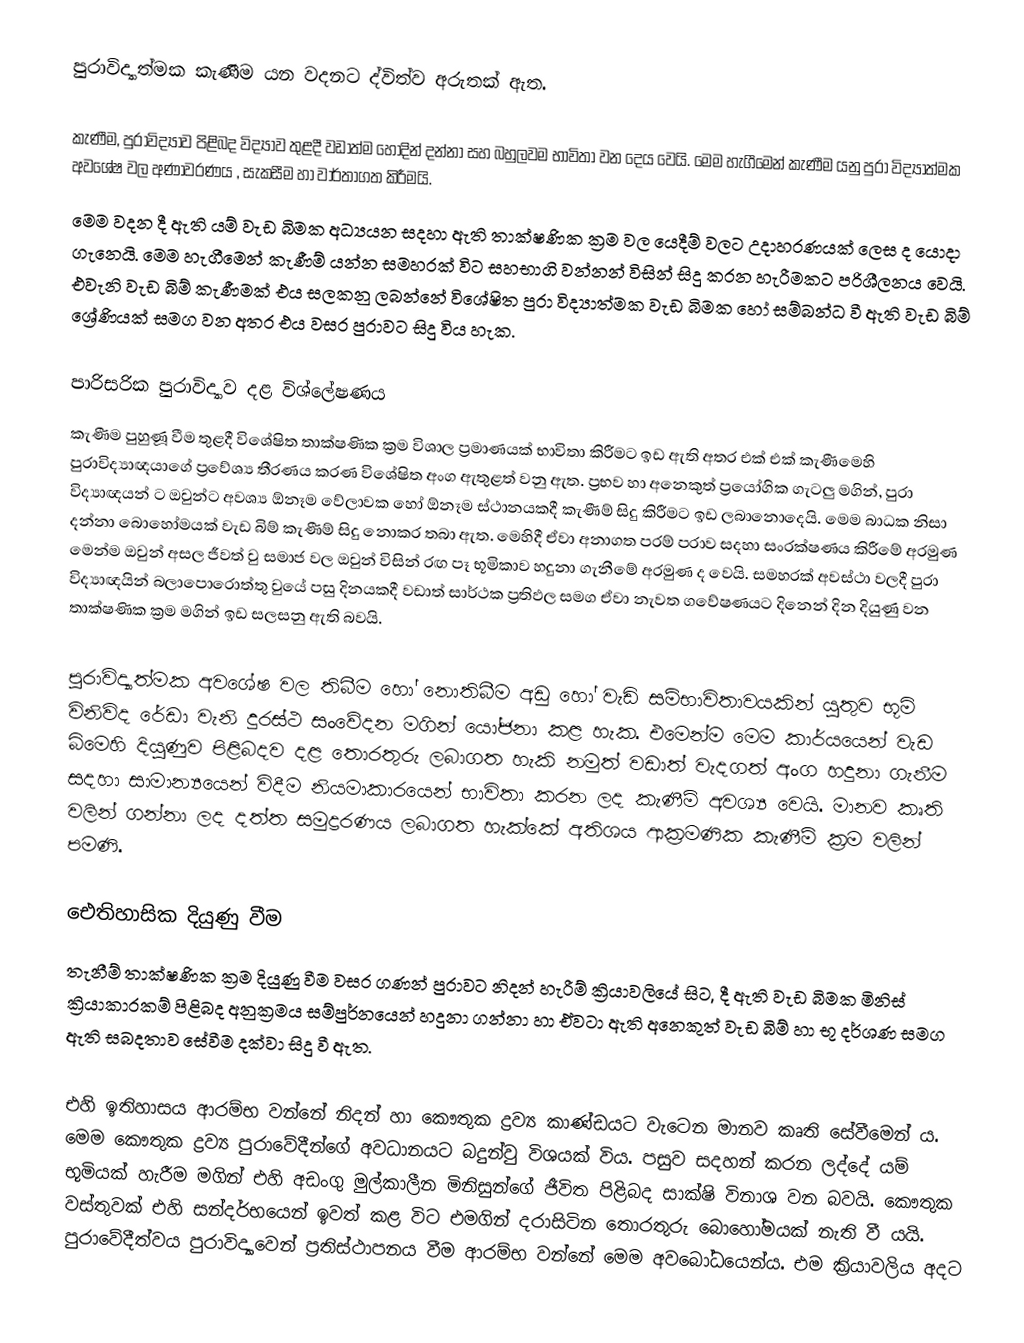
පුරාවිද්‍යාත්මක කැණීම යන වදනට ද්විත්ව අරුතක් ඇත.

 කැණීම, පුරාවිද්‍යාව පිළිබද විද්‍යාව තුළදී වඩාත්ම හොදින් දන්නා සහ බහුලවම භාවිතා වන දෙය වෙයි. මෙම හැගීමෙන් කැණීම යනු පුරා විද්‍යාත්මක අවශේෂ වල අණාවරණය , සැකසීම හා වාර්තාගත කිරීමයි. ‍
 මෙම වදන දී ඇති යම් වැඩ බිමක අධ්‍යයන සදහා ඇති තාක්ෂණික ක්‍රම වල යෙදීම් වලට උදාහරණයක් ලෙස ද යොදා ගැනෙයි. මෙම හැගීමෙන් කැණීම් යන්න සමහරක් විට සහභාගි වන්නන් විසින් සිදු කරන හැරීමකට පරිශීලනය වෙයි. එවැනි වැඩ බිම් කැණීමක් එය සලකනු ලබන්නේ විශේෂිත පුරා විද්‍යාත්මක වැඩ බිමක හෝ සම්බන්ධ වී ඇති වැඩ බිම් ශ්‍රේණියක් සමග වන අතර එය වසර පුරාවට සිදු විය හැක.

පාරිසරික පුරාවිද්‍යාව දළ විශ්ලේෂණය
කැණීම පුහුණූ වීම තුළදී විශේෂිත තාක්ෂණික ක්‍රම විශාල ප්‍රමාණයක් භාවිතා කිරීමට ඉඩ ඇති අතර එක් එක් කැණීමෙහි පුරාවිද්‍යාඥයාගේ ප්‍රවේශ්‍ය තීරණය කරණ විශේෂිත අංග ඇතුළත් වනු ඇත. ප්‍රභව හා අනෙකුත් ප්‍රයෝගික ගැටලු මගින්, පුරා විද්‍යාඥයන් ට ඔවුන්ට අවශ්‍ය ඕනෑම වේලාවක හෝ ඕනෑම ස්ථානයකදී කැණීම් සිදු කිරීමට ඉඩ ලබානොදෙයි. මෙම බාධක නිසා දන්නා බොහෝමයක් වැඩ බිම් කැණීම් සිදු නොකර තබා ඇත. මෙ‍හිදී ඒවා අනාගත පරම් පරාව සදහා සංරක්ෂණය කිරීමේ අරමුණ මෙන්ම ඔවුන් අසල ජීවත් වු සමාජ වල ඔවුන් විසින් රඟ පෑ භූමිකාව හදුනා ගැනීමේ අරමුණ ද වෙයි. සමහරක් අවස්ථා වලදී පුරා විද්‍යාඥයින් බලාපොරොත්තු වුයේ පසු දිනයකදී වඩාත් සාර්ථක ප්‍රතිඵල සමග ඒවා නැවත ගවේෂණයට දිනෙන් දින දියුණු වන තාක්ෂණික ක්‍රම මගින් ඉඩ සලසනු ඇති බවයි.

පුරාවිද්‍යාත්මක අවශේෂ වල තිබීම හෝ නොතිබීම අඩු හෝ වැඩි සම්භාවිතාවයකින් යුතුව භූමි විනිවිද රේඩා වැනි දුරස්ථ සංවේදන මගින් යෝජනා කළ හැක. එමෙන්ම මෙම කාර්යයෙන් වැඩ බිමෙහි දියුණුව පිළිබදව දළ තොරතුරු ලබාගත හැකි නමුත් වඩාත් වැදගත් අංග හදුනා ගැනීම සදහා සාමාන්‍යයෙන් විදීම නියමාකාරයෙන් භාවිතා කරන ලද කැණීම් අවශ්‍ය වෙයි. මානව කෘති වලින් ගන්න‍ා ලද දත්ත සමුද්‍රරණය ලබාගත හැක්කේ අතිශය ආක්‍රමණික කැණීම් ක්‍රම වලින් පමණි.

ඓතිහාසික දියුණු වීම
තැනීම් තාක්ෂණික ක්‍රම දියුණු වීම වසර ගණන් පුරාවට නිදන් හැරීම් ක්‍රියාවලියේ සිට, දී ඇති වැඩ බිමක මිනිස් ක්‍රියාකාරකම් පිළිබද අනුක්‍රමය සම්පුර්නයෙන් හදුනා ගන්නා හා ඒවටා ඇති අනෙකුත් වැඩ බිම් හා භූ දර්ශණ සමග ඇති සබදතාව සේවීම දක්වා සිදු වී ඇත.

එහි ඉතිහාසය ආරම්භ වන්නේ නිදන් හා කෞතුක ද්‍රව්‍ය කාණ්ඩයට වැටෙන මානව කෘති සේවීමෙන් ය. මෙම කෞතුක ද්‍රව්‍ය පුරාවේදීන්ගේ අවධානයට බදුන්වු විශයක් විය. පසුව සදහන් කරන ලද්දේ යම් භූමියක් හැරීම මගින් එහි අඩංගු මුල්කාලීන මිනිසුන්ගේ ජීවිත පිළිබද සාක්ෂි විනාශ වන බවයි. කෞතුක වස්තුවක් එහි සන්දර්භයෙන් ඉවත් කළ විට එමගින් දරාසිටින තොරතුරු බොහෝමයක් නැති වී යයි. පුරාවේදීත්වය පුරාවිද්‍යාවෙන් ප්‍රතිස්ථාපනය වීම ආරම්භ වන්නේ මෙම අවබෝධයෙන්ය. එම ක්‍රියාවලිය අදට